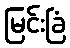
မြင်းခြံ